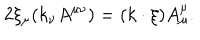
2 \xi _ { \mu } ( k _ { \nu } A ^ { \mu \nu } ) = ( k \cdot \xi ) A _ { \mu } ^ { \mu } .